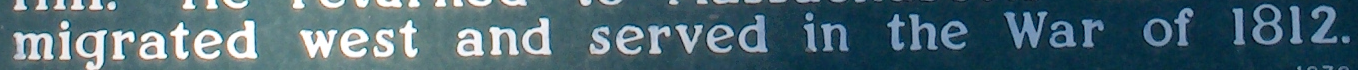
migrated west and served in the War of 1812